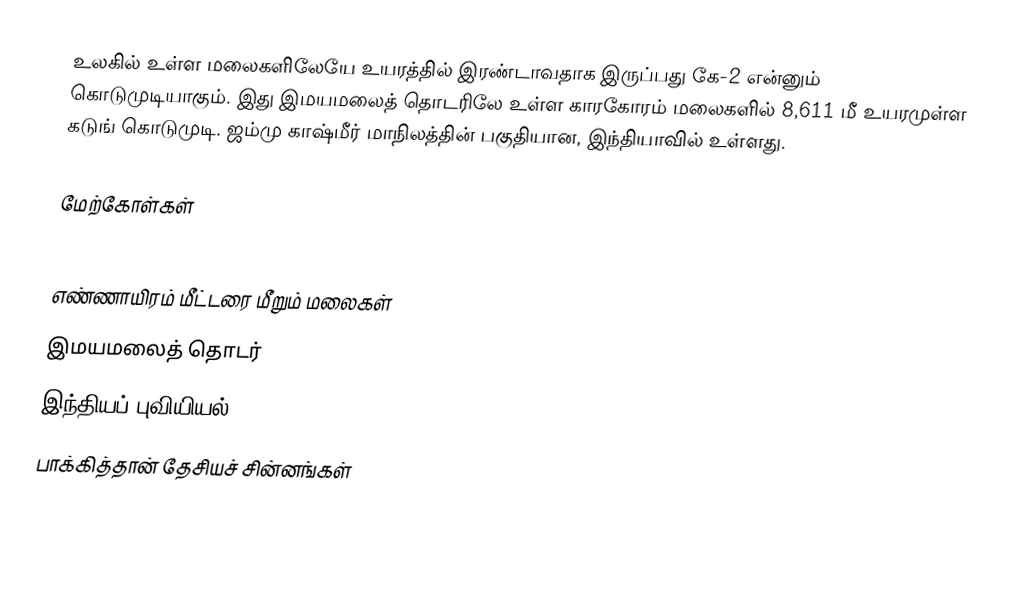
உலகில் உள்ள மலைகளிலேயே உயரத்தில் இரண்டாவதாக இருப்பது கே-2 என்னும் கொடுமுடியாகும். இது இமயமலைத் தொடரிலே உள்ள காரகோரம் மலைகளில் 8,611 மீ உயரமுள்ள கடுங் கொடுமுடி. ஜம்மு காஷ்மீர் மாநிலத்தின் பகுதியான, இந்தியாவில் உள்ளது.

மேற்கோள்கள்

எண்ணாயிரம் மீட்டரை மீறும் மலைகள்
இமயமலைத் தொடர்
இந்தியப் புவியியல்
பாக்கித்தான் தேசியச் சின்னங்கள்